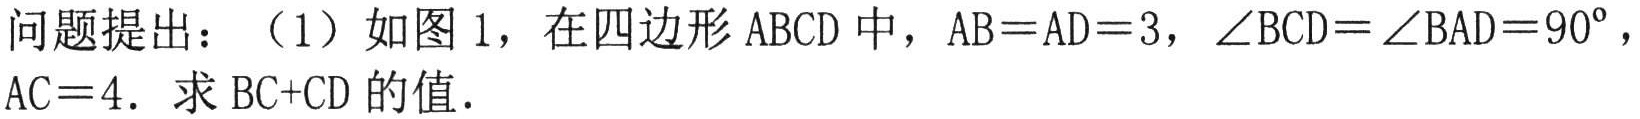
问题提出：（1）如图1，在四边形ABCD中，AB = AD = 3，\(\angle BCD=\angle BAD = 90^{\circ}\)，AC = 4. 求BC + CD的值.